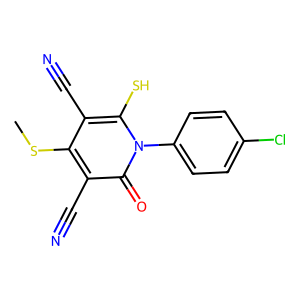
SMILES: CSc1c(C#N)c(S)n(-c2ccc(Cl)cc2)c(=O)c1C#N
Inhibits HIV replication: No